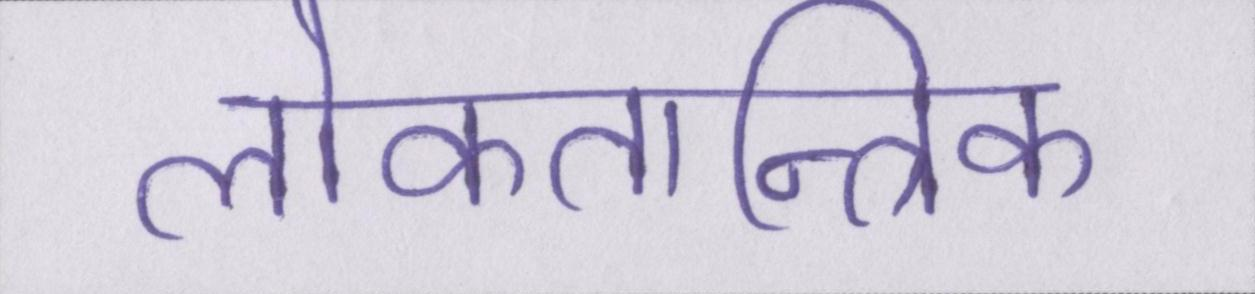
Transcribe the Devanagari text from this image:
लोकतान्त्रिक